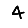
Digit: 4